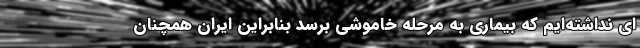
ای نداشته‌ایم که بیماری به مرحله خاموشی برسد بنابراین ایران همچنان